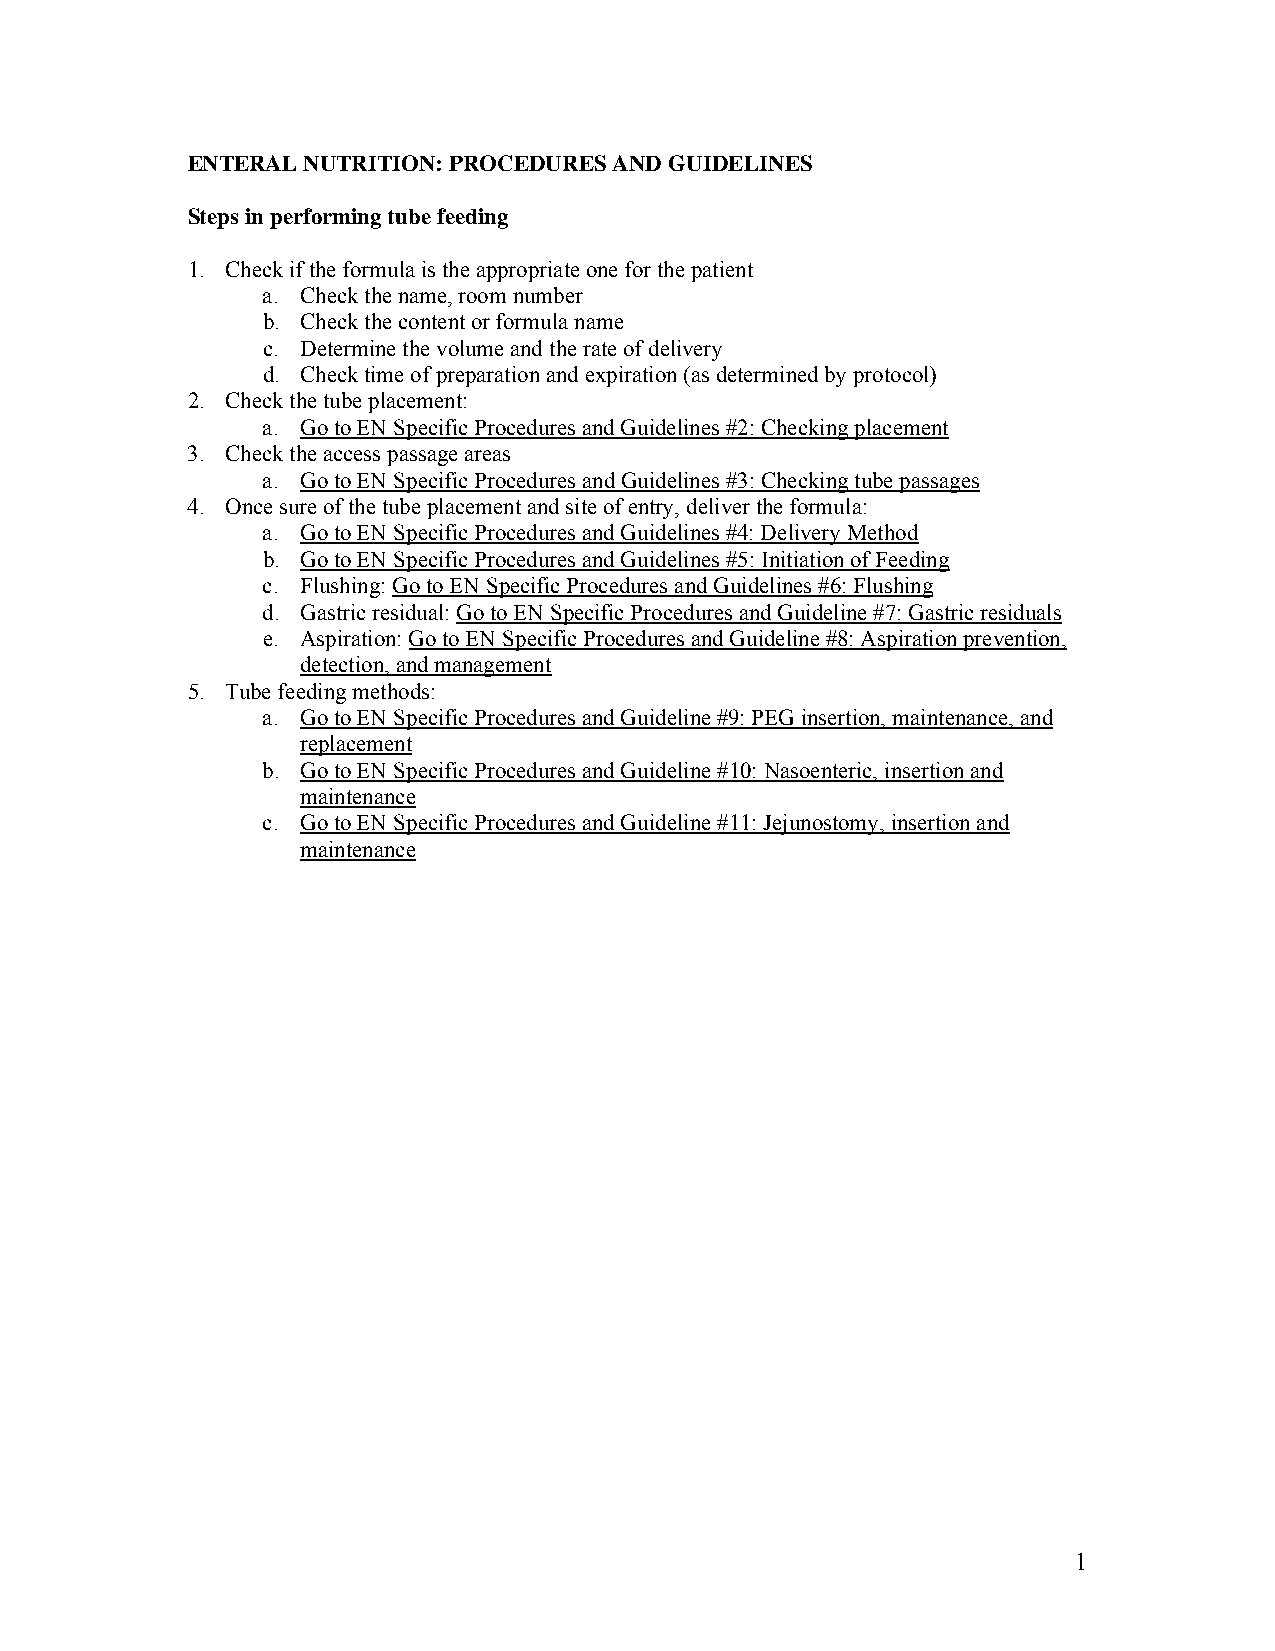
ENTERAL NUTRITION: PROCEDURES AND GUIDELINES
 Steps in performing tube feeding
 1. Check if the formula is the appropriate one for the patient
 a. Check the name, room number
 b. Check the content or formula name
 c. Determine the volume and the rate of delivery
 d. Check time of preparation and expiration (as determined by protocol)
 2. Check the tube placement:
 a. Go to EN Specific Procedures and Guidelines #2: Checking placement
 3. Check the access passage areas
 a. Go to EN Specific Procedures and Guidelines #3: Checking tube passages
 4. Once sure of the tube placement and site of entry, deliver the formula:
 a. Go to EN Specific Procedures and Guidelines #4: Delivery Method
 b. Go to EN Specific Procedures and Guidelines #5: Initiation of Feeding
 c. Flushing: Go to EN Specific Procedures and Guidelines #6: Flushing
 d. Gastric residual: Go to EN Specific Procedures and Guideline #7: Gastric residuals
 e. Aspiration: Go to EN Specific Procedures and Guideline #8: Aspiration prevention,
 detection, and management
 5. Tube feeding methods:
 a. Go to EN Specific Procedures and Guideline #9: PEG insertion, maintenance, and
 replacement
 b. Go to EN Specific Procedures and Guideline #10: Nasoenteric, insertion and
 maintenance
 c. Go to EN Specific Procedures and Guideline #11: Jejunostomy, insertion and
 maintenance
 1